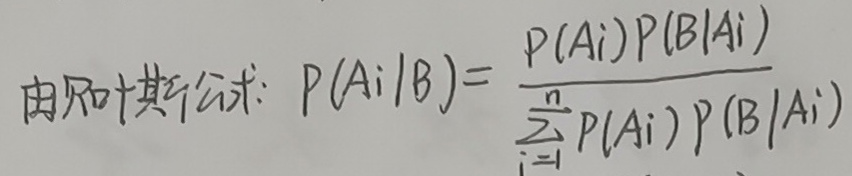
由贝叶斯公式: \(P(A_i|B)=\frac{P(A_i)P(B|A_i)}{\sum_{i = 1}^{n}P(A_i)P(B|A_i)}\)